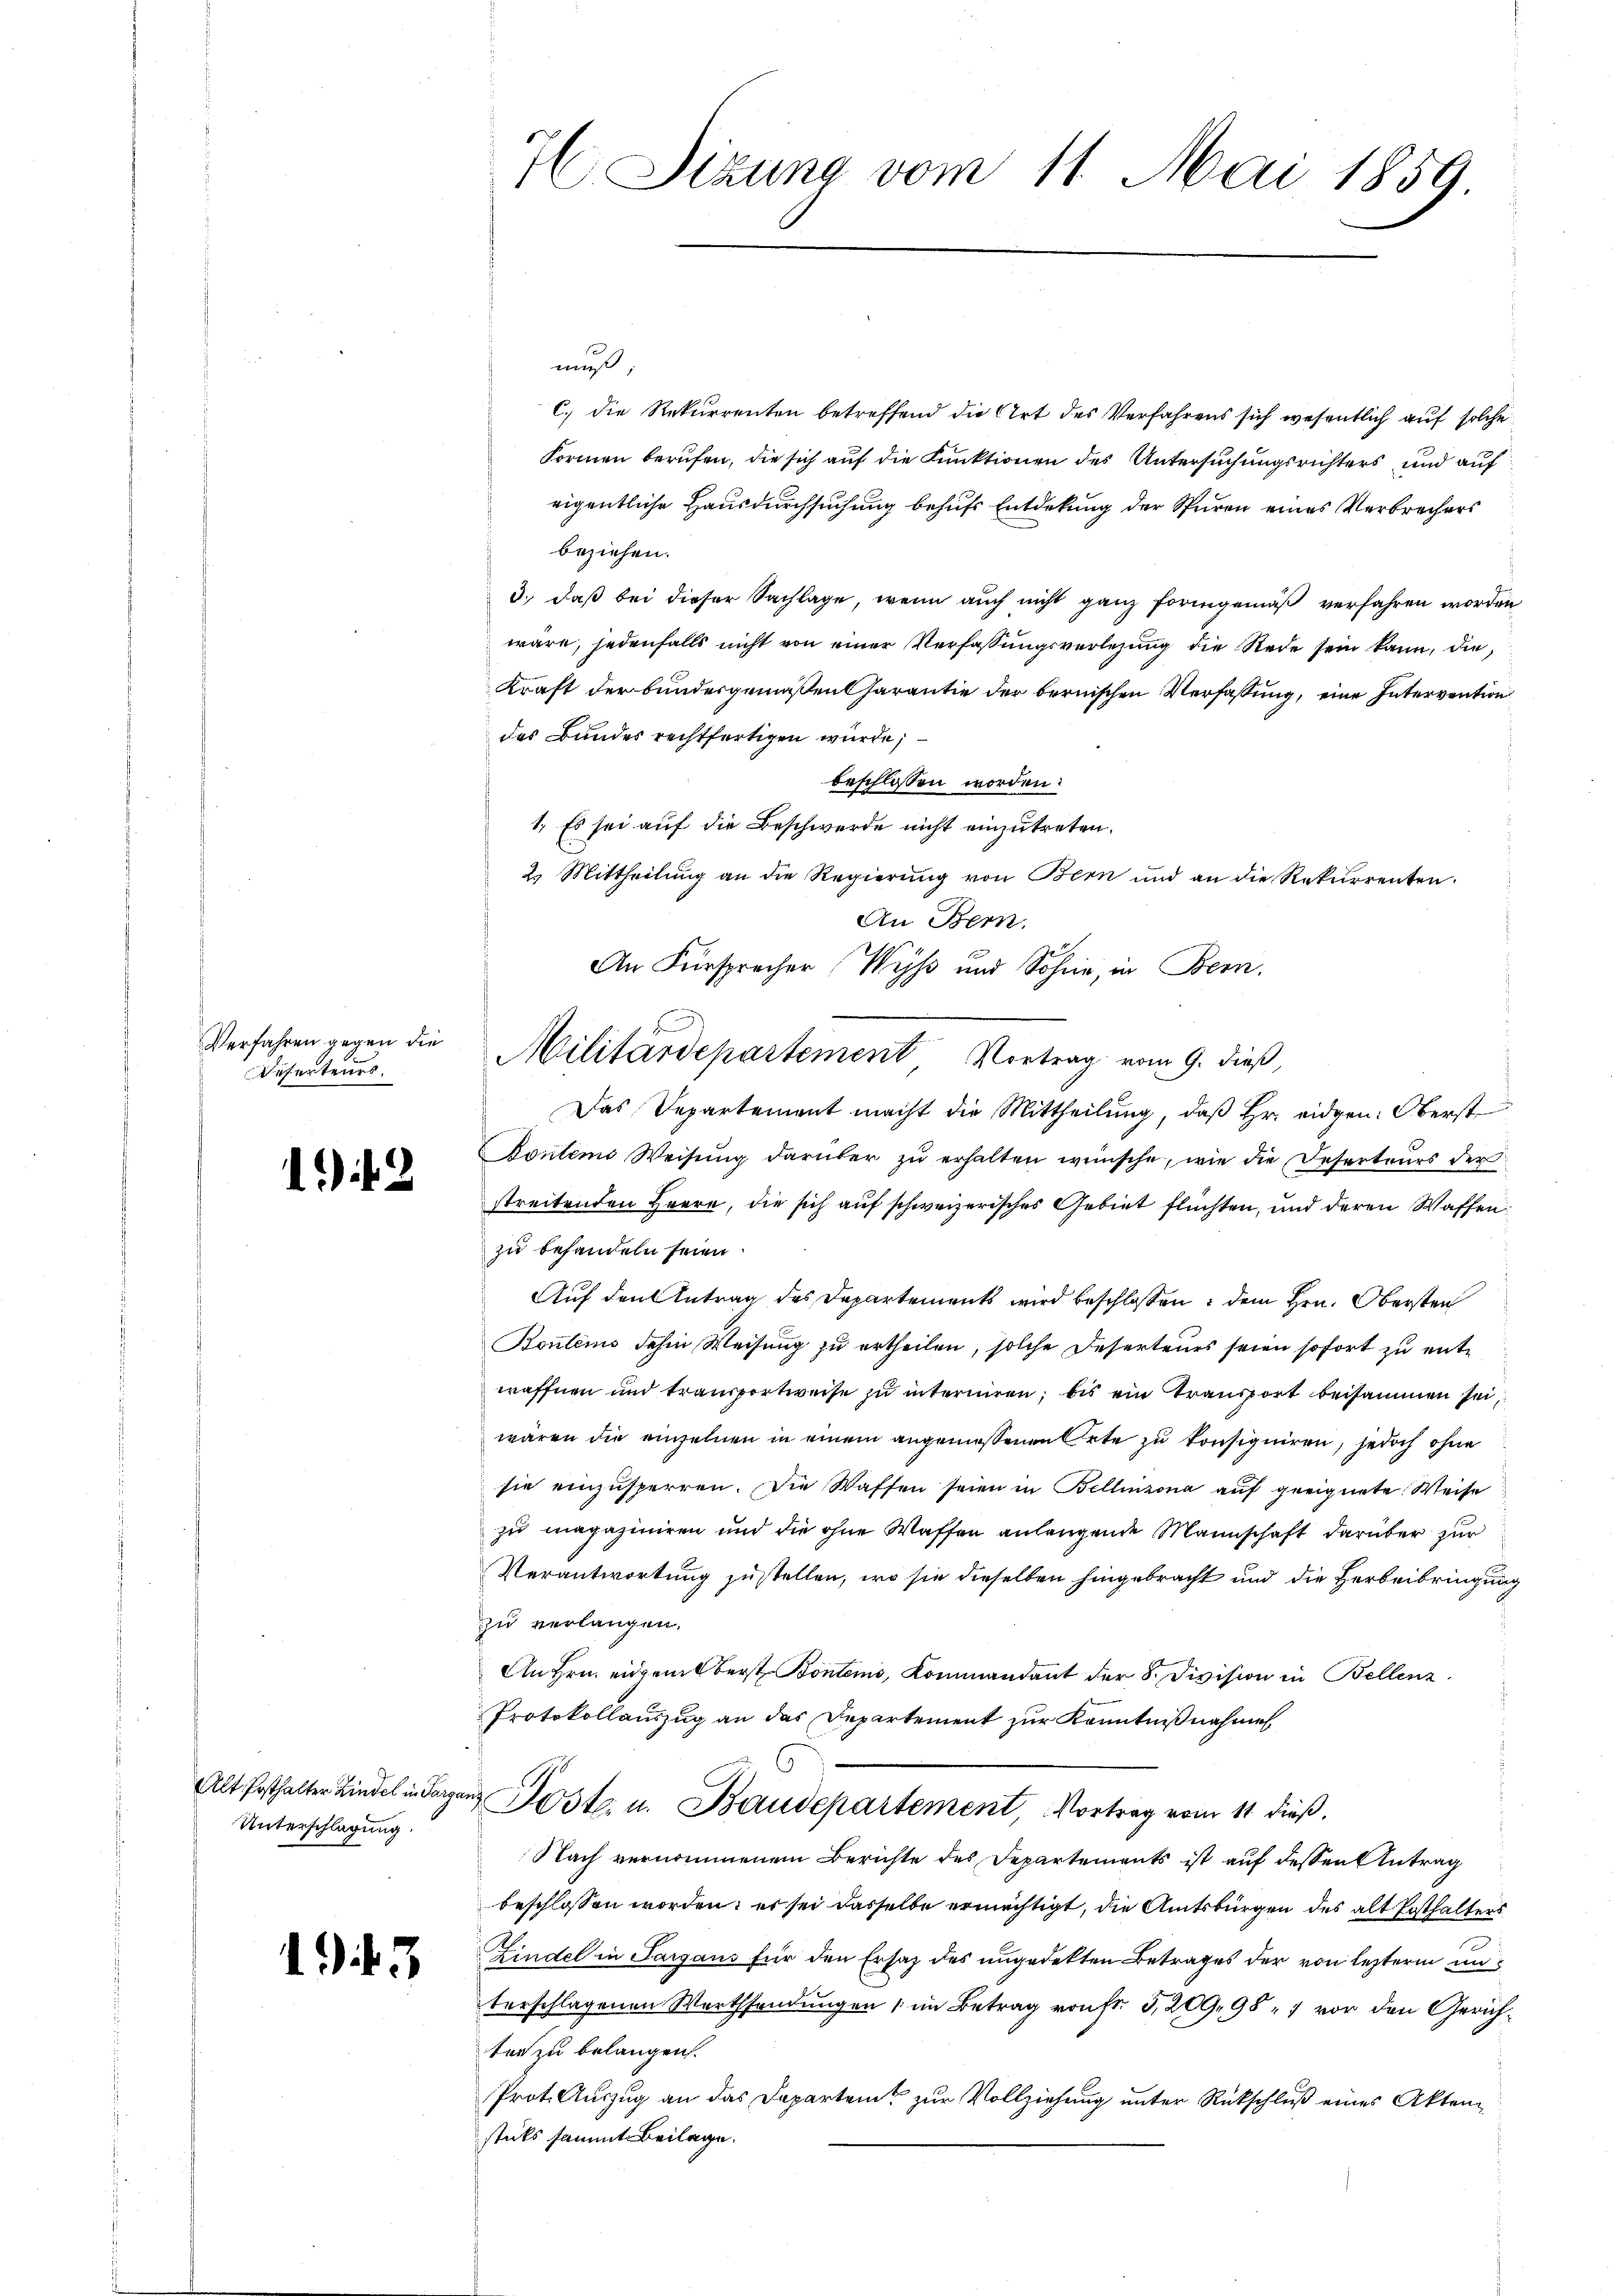
Verfahren gegen die
Deserteurs.

13

Alt Posthalter Lindel in Sarga
Unterschlagung.

145

I Sizung vom 11. Mai 1859

muß;
C. die Rekurrenten betreffend die Art des Verfahrens sich wesentlich auf solche
Formen berufen, die sich auf die Funktionen des Untersuchungsrichters und auf
eigentliche Hausdurchsuchung behufs Entdekung der Spuren eines Verbrechers
beziehen.
3., daß bei dieser Sachlage, wenn auch nicht ganz formgemäß verfahren worden
wäre, jedenfalls nicht von einer Verfassungsverlesung die Rede sein kann, die
Kraft der bundesgemäßenCharantie der bernischen Verfassung, eine Intervention
des Bundes rechtfertigen wurde;
beschlossen worden.
1. Es sei auf die Beschwerde nicht einzutreten.
2. Mittheilung an die Regierung von Bern und an die Rekurrenten.
An Bern.
An Fürsprecher Wyß und Sohne, in Bern.
Das Departement macht die Mittheilung, daß Hr. eidgen: Oberst
Bontens Weisŭng darüber zŭ erhalten wünsche, wie die Deserteurs der
streitenden Herre, die sich auf schweizerisches Gebiet flüchten, und deren Waffen
zu behandeln seien.
Auf den Antrag des Departements wird beschlossen: dem Hrn. Obersten
Boulems dahin Weisung zu ertheilen, solche Deserteurs seien sofort zu entwaffnen und transportweise zu interniren; bis ein Transport beisammen sei,
wären die einzelnen in einem angeniessenen Orte zu konsigniren, jedoch ohne
sie einzusperren. Die Waffen seien in Bellinzona auf geeignete Weise
zu magaziniren und die ohne Waffen anlangende Mannschaft darüber zur
Verantwortung zustellen, wo sie dieselben hingebracht und die Herbeibringung
zu verlangen.
An Hrn. eidgemberst Bontens, Kommandant der 8. Division in Bellenz
Protokollauszug an das Departement zur Kenntnißnahme
 Post u. Baudepartement, Vortrag vom 11 dieß.
Nach vernommenem Berichte des Departements ist auf dessen Antrag
beschlossen worden; er sei dasselbe ermächtigt, die Amtsbürgen des alt Posthalters
Lindel in Sargaus für den Ersatz des ungedekten Betrages der von lezterm unterschlagenen Wortsendungen (im Betrag von Fr. 3, 209, 987 vor den Gerichter zu belangen.
Prot. Auszug an das Departeit zur Vollziehung unter Rückschluß eines Aktenstücks sammt Beilage.

Militärdepartement Vortrag vom 9. dieß